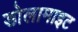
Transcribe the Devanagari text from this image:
डोलामाइट